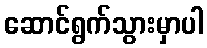
ဆောင်ရွက်သွားမှာပါ